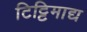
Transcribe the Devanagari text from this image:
टिट्टिमाद्य